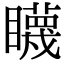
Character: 䁾